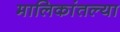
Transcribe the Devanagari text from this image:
मालिकांतल्या